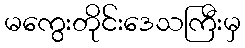
မကွေးတိုင်းဒေသကြီးမှ